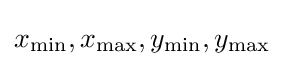
x_{\min },x_{\max },y_{\min },y_{\max }\,\!